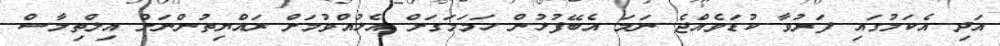
އަދި އެކަމުގައި ފަރުވާ ކުޑަވެއްޖެ ނަމަ އެބޭފުޅުން ހަމަމަގަށް އެޅުއްވުމަށް ރައްޔިތުންނަށް އިލްތިމާސް